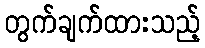
တွက်ချက်ထားသည့်